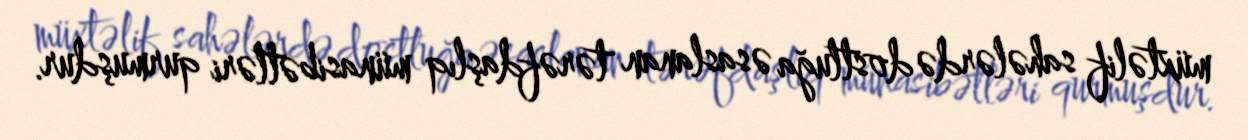
müxtəlif sahələrdə dostluğa əsaslanan tərəfdaşlıq münasibətləri qurmuşdur.